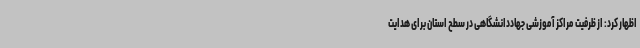
اظهار کرد: از ظرفیت مراکز آموزشی جهاددانشگاهی در سطح استان برای هدایت